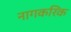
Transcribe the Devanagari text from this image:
नागकरिक